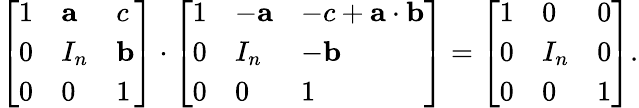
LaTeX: {\left[\begin{array}{lll}{1}&{\mathbf{a}}&{c}\\ {0}&{I_{n}}&{\mathbf{b}}\\ {0}&{0}&{1}\end{array}\right]}\cdot{\left[\begin{array}{lll}{1}&{-\mathbf{a}}&{-c+\mathbf{a}\cdot\mathbf{b}}\\ {0}&{I_{n}}&{-\mathbf{b}}\\ {0}&{0}&{1}\end{array}\right]}={\left[\begin{array}{lll}{1}&{0}&{0}\\ {0}&{I_{n}}&{0}\\ {0}&{0}&{1}\end{array}\right]}.